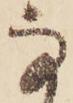
な